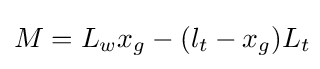
M=L_{w}x_{g}-(l_{t}-x_{g})L_{t}\!